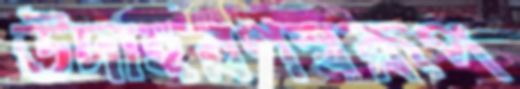
উদাহরণস্বরূপ